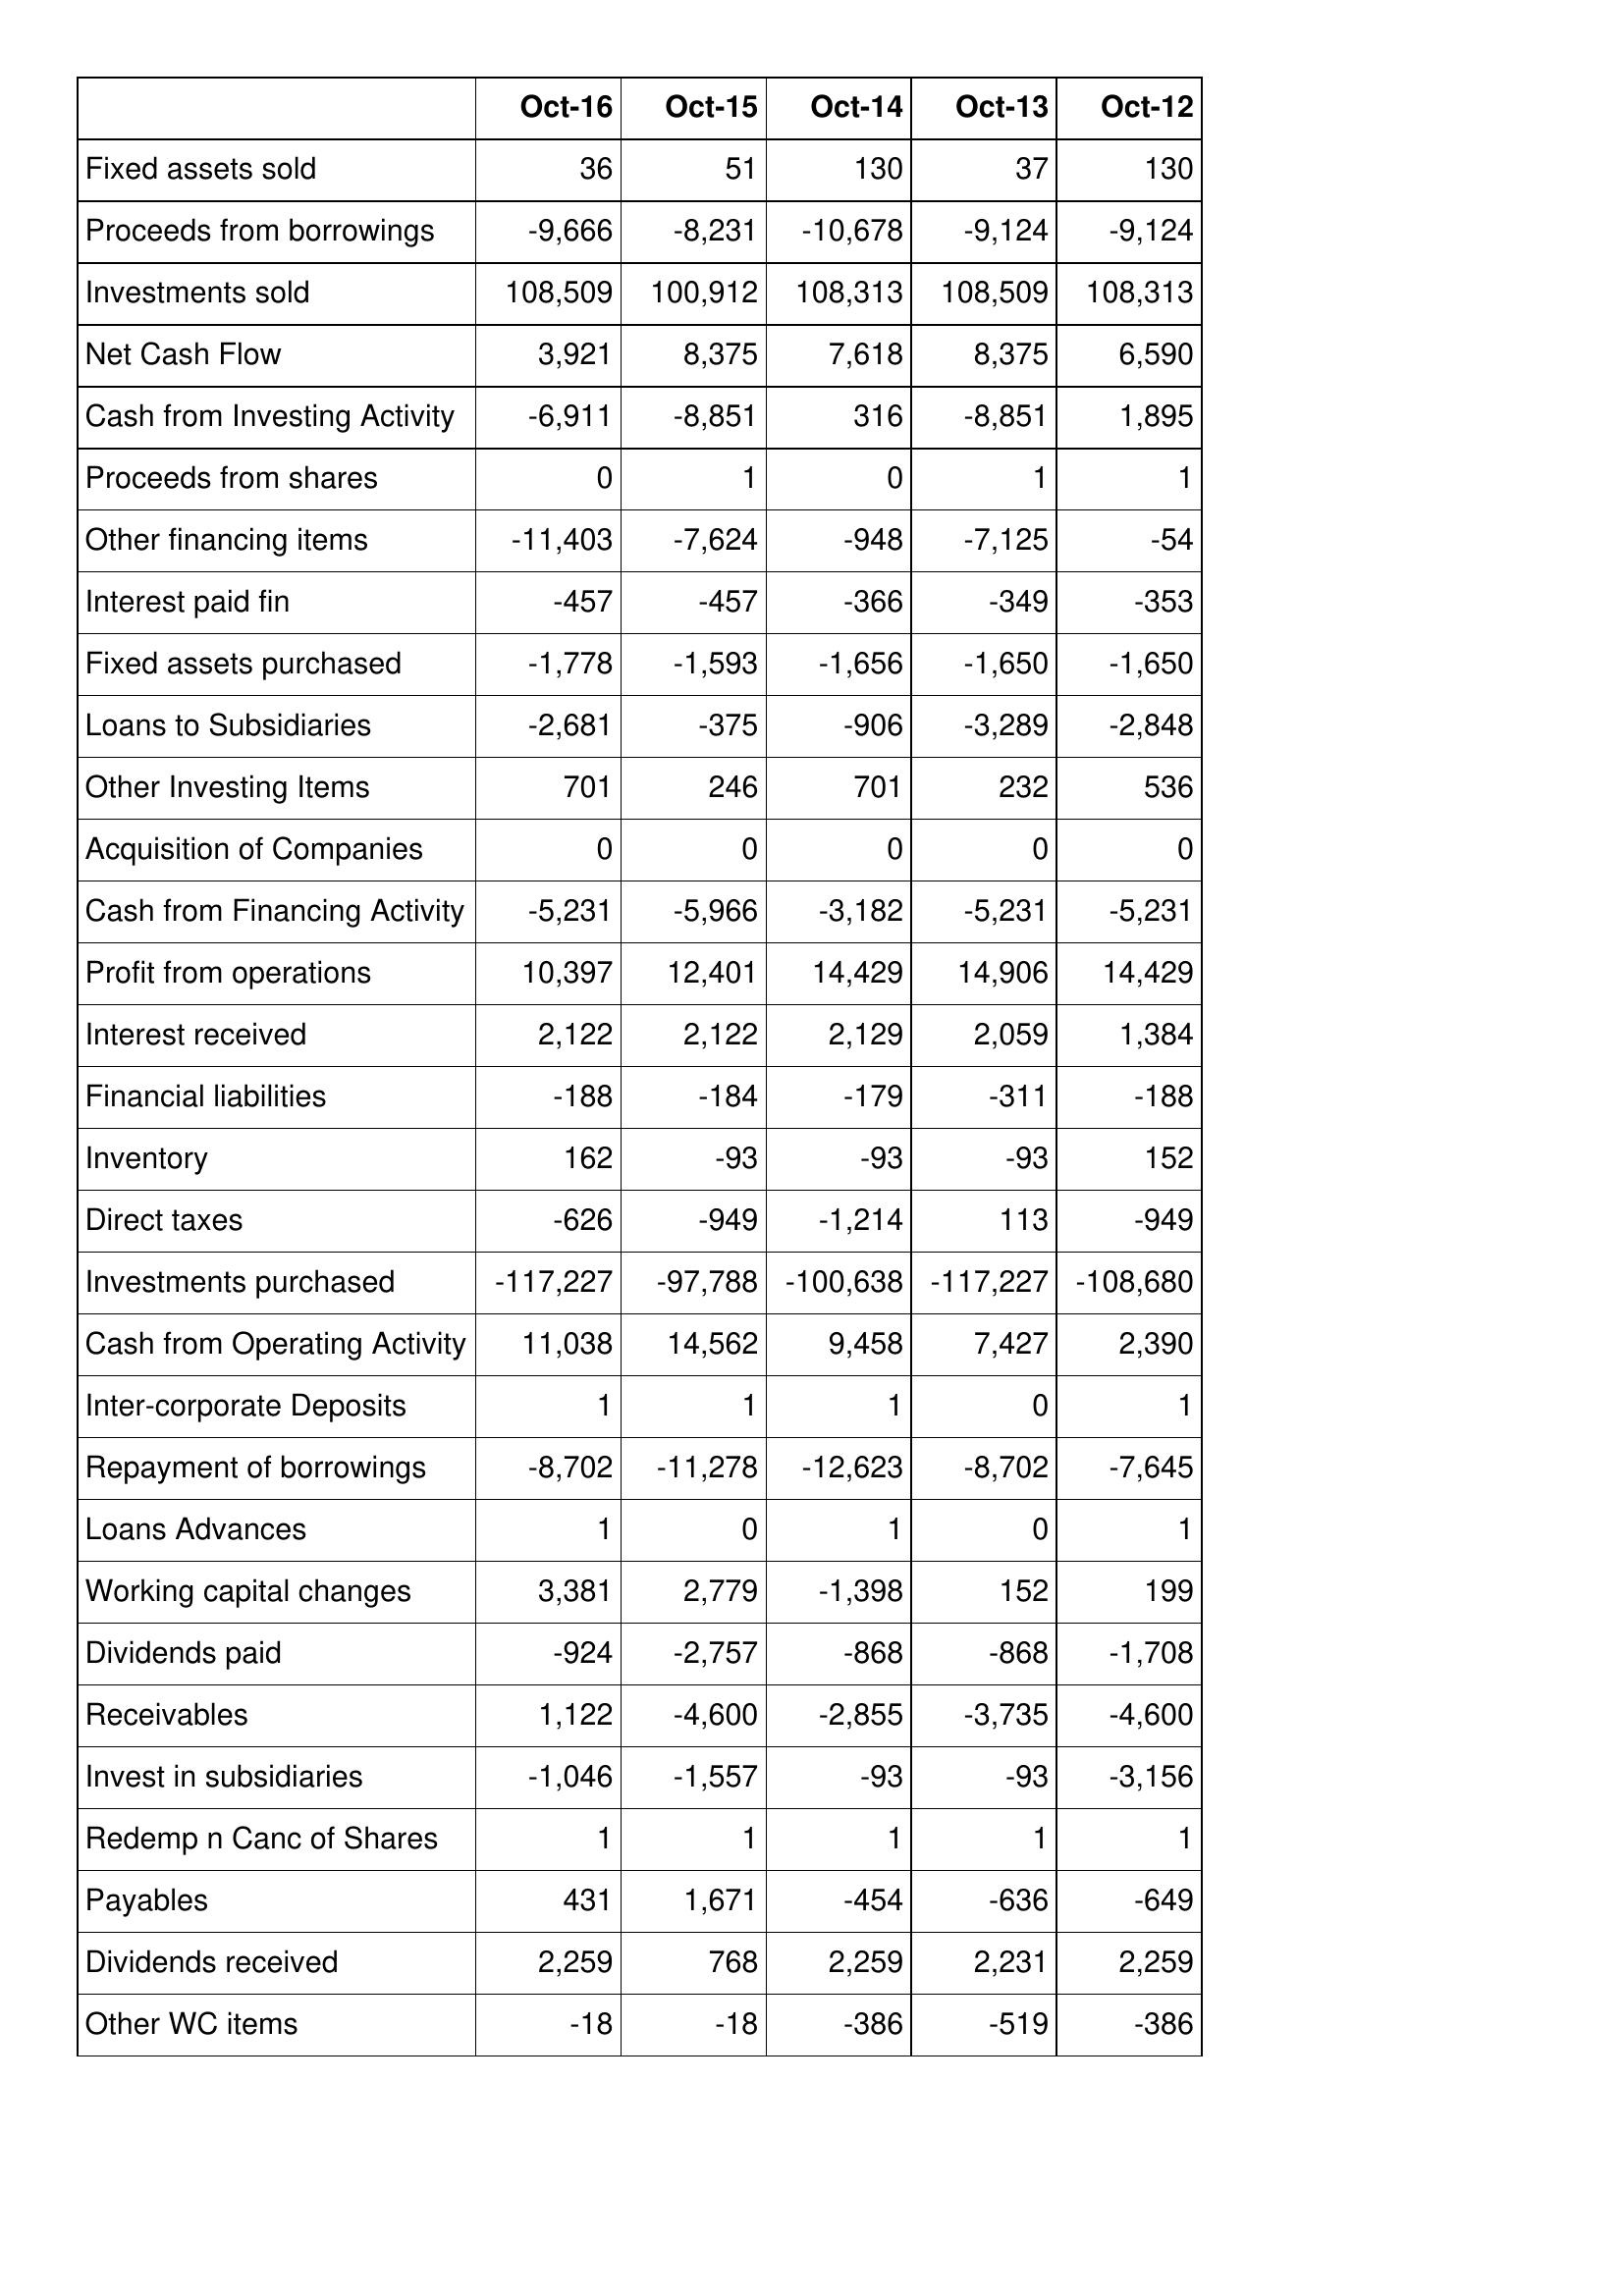
Oct-16: Cash Flows: Fixed assets sold: 36
Proceeds from borrowings: -9,666
Investments sold: 108,509
Net Cash Flow: 3,921
Cash from Investing Activity: -6,911
Proceeds from shares: 0
Other financing items: -11,403
Interest paid fin: -457
Fixed assets purchased: -1,778
Loans to Subsidiaries: -2,681
Other Investing Items: 701
Acquisition of Companies: 0
Cash from Financing Activity: -5,231
Profit from operations: 10,397
Interest received: 2,122
Financial liabilities: -188
Inventory: 162
Direct taxes: -626
Investments purchased: -117,227
Cash from Operating Activity: 11,038
Inter-corporate Deposits: 1
Repayment of borrowings: -8,702
Loans Advances: 1
Working capital changes: 3,381
Dividends paid: -924
Receivables: 1,122
Invest in subsidiaries: -1,046
Redemp n Canc of Shares: 1
Payables: 431
Dividends received: 2,259
Other WC items: -18
Oct-15: Cash Flows: Fixed assets sold: 51
Proceeds from borrowings: -8,231
Investments sold: 100,912
Net Cash Flow: 8,375
Cash from Investing Activity: -8,851
Proceeds from shares: 1
Other financing items: -7,624
Interest paid fin: -457
Fixed assets purchased: -1,593
Loans to Subsidiaries: -375
Other Investing Items: 246
Acquisition of Companies: 0
Cash from Financing Activity: -5,966
Profit from operations: 12,401
Interest received: 2,122
Financial liabilities: -184
Inventory: -93
Direct taxes: -949
Investments purchased: -97,788
Cash from Operating Activity: 14,562
Inter-corporate Deposits: 1
Repayment of borrowings: -11,278
Loans Advances: 0
Working capital changes: 2,779
Dividends paid: -2,757
Receivables: -4,600
Invest in subsidiaries: -1,557
Redemp n Canc of Shares: 1
Payables: 1,671
Dividends received: 768
Other WC items: -18
Oct-14: Cash Flows: Fixed assets sold: 130
Proceeds from borrowings: -10,678
Investments sold: 108,313
Net Cash Flow: 7,618
Cash from Investing Activity: 316
Proceeds from shares: 0
Other financing items: -948
Interest paid fin: -366
Fixed assets purchased: -1,656
Loans to Subsidiaries: -906
Other Investing Items: 701
Acquisition of Companies: 0
Cash from Financing Activity: -3,182
Profit from operations: 14,429
Interest received: 2,129
Financial liabilities: -179
Inventory: -93
Direct taxes: -1,214
Investments purchased: -100,638
Cash from Operating Activity: 9,458
Inter-corporate Deposits: 1
Repayment of borrowings: -12,623
Loans Advances: 1
Working capital changes: -1,398
Dividends paid: -868
Receivables: -2,855
Invest in subsidiaries: -93
Redemp n Canc of Shares: 1
Payables: -454
Dividends received: 2,259
Other WC items: -386
Oct-13: Cash Flows: Fixed assets sold: 37
Proceeds from borrowings: -9,124
Investments sold: 108,509
Net Cash Flow: 8,375
Cash from Investing Activity: -8,851
Proceeds from shares: 1
Other financing items: -7,125
Interest paid fin: -349
Fixed assets purchased: -1,650
Loans to Subsidiaries: -3,289
Other Investing Items: 232
Acquisition of Companies: 0
Cash from Financing Activity: -5,231
Profit from operations: 14,906
Interest received: 2,059
Financial liabilities: -311
Inventory: -93
Direct taxes: 113
Investments purchased: -117,227
Cash from Operating Activity: 7,427
Inter-corporate Deposits: 0
Repayment of borrowings: -8,702
Loans Advances: 0
Working capital changes: 152
Dividends paid: -868
Receivables: -3,735
Invest in subsidiaries: -93
Redemp n Canc of Shares: 1
Payables: -636
Dividends received: 2,231
Other WC items: -519
Oct-12: Cash Flows: Fixed assets sold: 130
Proceeds from borrowings: -9,124
Investments sold: 108,313
Net Cash Flow: 6,590
Cash from Investing Activity: 1,895
Proceeds from shares: 1
Other financing items: -54
Interest paid fin: -353
Fixed assets purchased: -1,650
Loans to Subsidiaries: -2,848
Other Investing Items: 536
Acquisition of Companies: 0
Cash from Financing Activity: -5,231
Profit from operations: 14,429
Interest received: 1,384
Financial liabilities: -188
Inventory: 152
Direct taxes: -949
Investments purchased: -108,680
Cash from Operating Activity: 2,390
Inter-corporate Deposits: 1
Repayment of borrowings: -7,645
Loans Advances: 1
Working capital changes: 199
Dividends paid: -1,708
Receivables: -4,600
Invest in subsidiaries: -3,156
Redemp n Canc of Shares: 1
Payables: -649
Dividends received: 2,259
Other WC items: -386